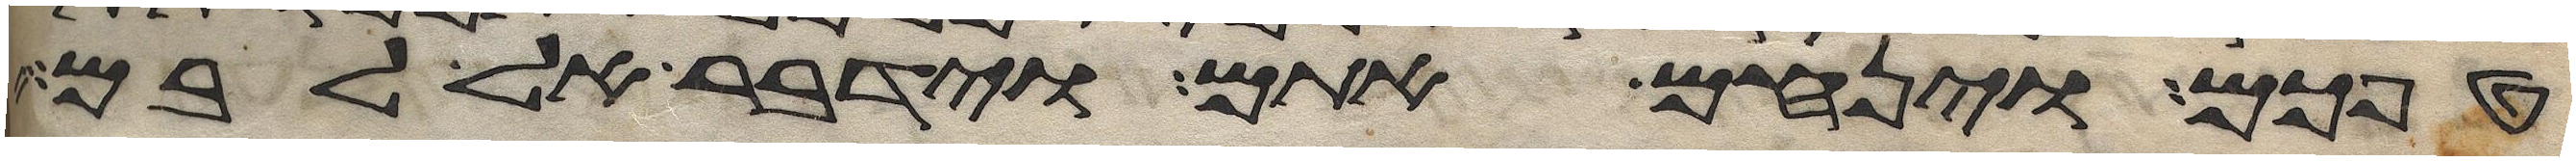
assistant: טפכם וינחם אתם וידבר אל לבם